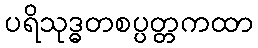
ပရိသုဒ္ဓတစပ္ပတ္တကထာ